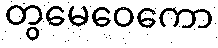
တွမေဝေကော